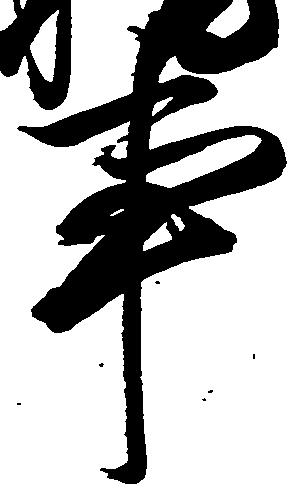
事